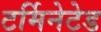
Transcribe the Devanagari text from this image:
टर्मिनेटेड